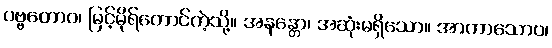
ပဗ္ဗတောဝ၊ မြင့်မိုရ်တောင်ကဲ့သို့။ အနန္တော၊ အဆုံးမရှိသော။ အာကာသောဝ၊